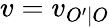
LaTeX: v=v_{O^{\prime}\mid O}